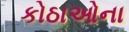
કોઠાઓના